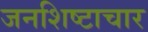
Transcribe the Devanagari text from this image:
जनशिष्टाचार